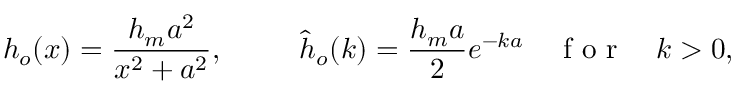
h _ { o } ( x ) = \frac { h _ { m } a ^ { 2 } } { x ^ { 2 } + a ^ { 2 } } , \qquad \; \; \hat { h } _ { o } ( k ) = \frac { h _ { m } a } { 2 } e ^ { - k a } \quad \mathrm { ~ f ~ o ~ r ~ } \quad k > 0 ,